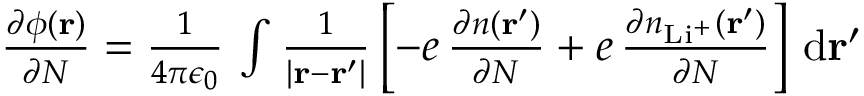
\begin{array} { r } { \frac { \partial \phi ( \mathbf { r } ) } { \partial N } = \frac { 1 } { 4 \pi \epsilon _ { 0 } } \, \int \frac { 1 } { | \mathbf { r } - \mathbf { r } ^ { \prime } | } \left[ - e \, \frac { \partial n ( \mathbf { r } ^ { \prime } ) } { \partial N } + e \, \frac { \partial n _ { \mathrm { L i ^ { + } } } ( \mathbf { r } ^ { \prime } ) } { \partial N } \right] \, \mathrm { d } \mathbf { r } ^ { \prime } } \end{array}